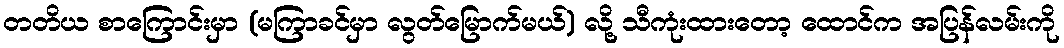
တတိယ စာကြောင်းမှာ (မကြာခင်မှာ လွတ်မြောက်မယ်) လို့ သီကုံးထားတော့ ထောင်က အပြန်လမ်းကို